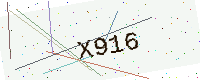
Text: X916